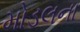
મોડલના